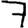
Digit: 7